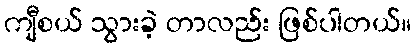
ကျီစယ် သွားခဲ့ တာလည်း ဖြစ်ပါတယ်။